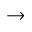
\rightarrow